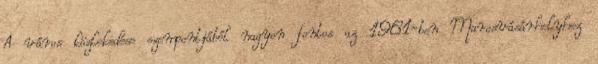
A város közlekedése szempontjából nagyon fontos az 1961-ben Marosvásárhelyhez